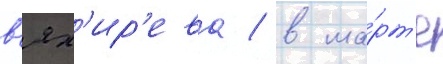
в'ях'ир'ева / в ма́рт'е